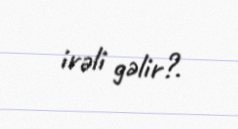
irəli gəlir?.